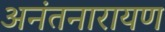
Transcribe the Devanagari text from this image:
अनंतनारायण